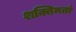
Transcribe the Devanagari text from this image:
शक्तिमतां